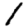
Digit: 1